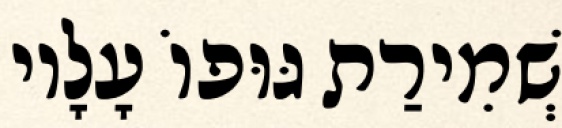
שְׁמִירַת גּוּפוֹ עָלָיו